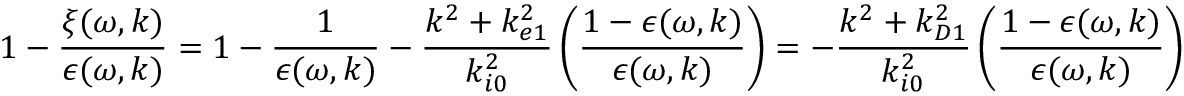
1 - \frac { \xi ( \omega , \boldsymbol { k } ) } { \epsilon ( \omega , \boldsymbol { k } ) } = 1 - \frac { 1 } { \epsilon ( \omega , \boldsymbol { k } ) } - \frac { k ^ { 2 } + k _ { e 1 } ^ { 2 } } { k _ { i 0 } ^ { 2 } } \left( \frac { 1 - \epsilon ( \omega , \boldsymbol { k } ) } { \epsilon ( \omega , \boldsymbol { k } ) } \right) = - \frac { k ^ { 2 } + k _ { D 1 } ^ { 2 } } { k _ { i 0 } ^ { 2 } } \left( \frac { 1 - \epsilon ( \omega , \boldsymbol { k } ) } { \epsilon ( \omega , \boldsymbol { k } ) } \right)